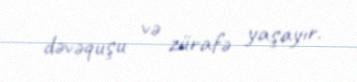
dəvəquşu və zürafə yaşayır.